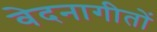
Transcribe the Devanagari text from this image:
वेदनागीतों